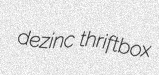
dezinc thriftbox